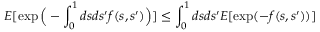
E [ \exp \Big ( - \int _ { 0 } ^ { 1 } d s d s ^ { \prime } f ( s , s ^ { \prime } ) \Big ) ] \leq \int _ { 0 } ^ { 1 } d s d s ^ { \prime } E [ \exp ( - f ( s , s ^ { \prime } ) ) ]